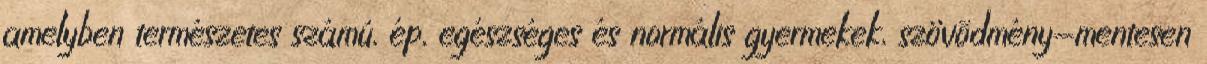
amelyben természetes számú, ép, egészséges és normális gyermekek, szövõdmény-mentesen